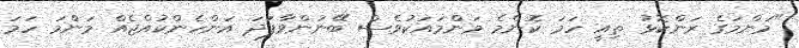
"މަންމަގެ ރަންކޮޅު ތިއީ ހަމަ ކޮންމެ މަންމައަކުވެސް ބޭނުންވާފަދަ އަންހެންކުއްޖެއް މަންމަ ހަމަ